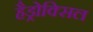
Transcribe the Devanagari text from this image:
हैड्रोक्सिल